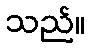
သည်။